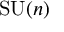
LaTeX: \operatorname { S U } ( n )